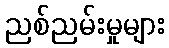
ညစ်ညမ်းမှုများ